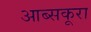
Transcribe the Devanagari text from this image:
आब्सकूरा